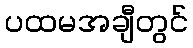
ပထမအချီတွင်